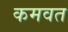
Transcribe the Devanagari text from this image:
कमवत